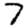
Digit: 7